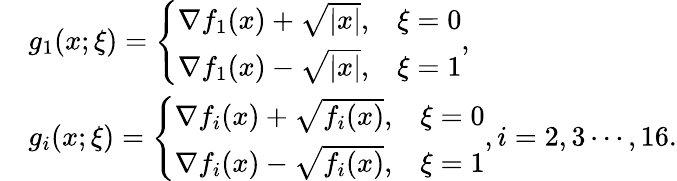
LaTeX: \begin{array}{rl}&{g_{1}(x;\xi)=\left\{ \begin{array}{ll}{\nabla f_{1}(x)+\sqrt{|x|},}&{\xi=0}\\ {\nabla f_{1}(x)-\sqrt{|x|},}&{\xi=1}\end{array}\right.,}\\ &{g_{i}(x;\xi)=\left\{ \begin{array}{ll}{\nabla f_{i}(x)+\sqrt{f_{i}(x)},}&{\xi=0}\\ {\nabla f_{i}(x)-\sqrt{f_{i}(x)},}&{\xi=1}\end{array}\right.,i=2,3\cdots,16.}\end{array}